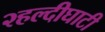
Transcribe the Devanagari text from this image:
२हल्दीघाटी